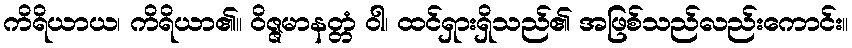
ကိရိယာယ၊ ကိရိယာ၏။ ဝိဇ္ဇမာနတ္တံ ဝါ၊ ထင်ရှားရှိသည်၏ အဖြစ်သည်လည်းကောင်း။